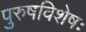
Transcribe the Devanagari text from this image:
पुरुषविशेषः